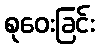
စုဝေးခြင်း